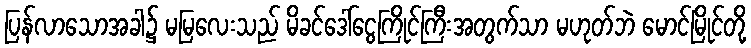
ပြန်လာသောအခါ၌ မမြလေးသည် မိခင်ဒေါ်ငွေကြိုင်ကြီးအတွက်သာ မဟုတ်ဘဲ မောင်မြိုင်တို့